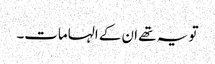
تو یہ تھے ان کے الہامات۔